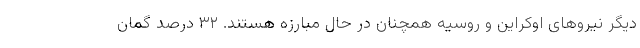
دیگر نیروهای اوکراین و روسیه همچنان در حال مبارزه هستند. ۳۲ درصد گمان